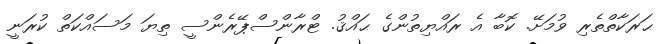
ޙަރަކާތްތެރި ވުމަށޭ. ކޮބާ އެ ރައްޔިތުންގެ ޙައްޤު. ޓްރާންސްޕޭރެންސީ ތިޔަ މަސައްކަތް ކުރަނީ